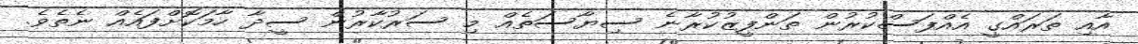
އާއި ތަރައްގީ އެއްފަސްކުރުން ތަންފީޒުކުރާނެ ސިޔާސަތެއް މި ސަރުކާރުން ސީދާ ހާމަކޮށްފައެއް ނެތެވެ.